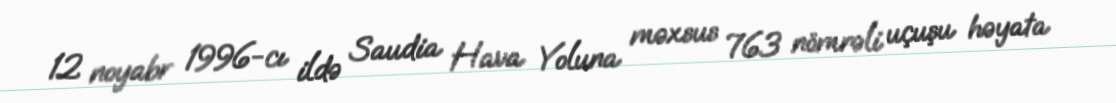
12 noyabr 1996-cı ildə Saudia Hava Yoluna məxsus 763 nömrəli uçuşu həyata